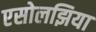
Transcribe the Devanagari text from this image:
एसोलझिया